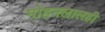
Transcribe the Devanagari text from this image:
मोहनलालही